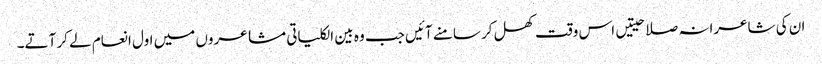
ان کی شاعرانہ صلاحیتیں اس وقت کھل کر سامنے آئیں جب وہ بین الکلیاتی مشاعروں میں اول انعام لے کر آتے۔